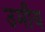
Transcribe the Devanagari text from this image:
उमीय